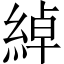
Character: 綽